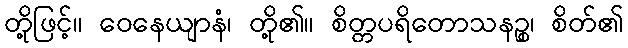
တို့ဖြင့်။ ဝေနေယျာနံ၊ တို့၏။ စိတ္တပရိတောသနဉ္စ၊ စိတ်၏